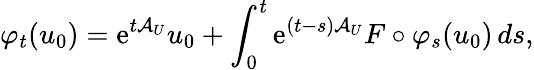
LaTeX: \varphi_{t}(u_{0})=\mathrm{e}^{t\mathcal{{A}}_{U}}u_{0}+\int_{0}^{t}\mathrm{e}^{(t-s)\mathcal{{A}}_{U}}F\circ\varphi_{s}(u_{0})\, ds,